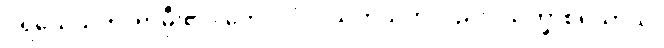
ပရိယေသတိ၊ ရှာမှီး၏။ ကေဝလံပိ၊ သက်သက်လည်း။ သိက္ခာစရိယာယ၊